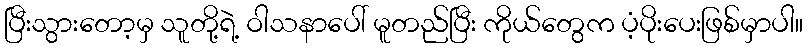
ပြီးသွားတော့မှ သူတို့ရဲ့ ဝါသနာပေါ် မူတည်ပြီး ကိုယ်တွေက ပံ့ပိုးပေးဖြစ်မှာပါ။